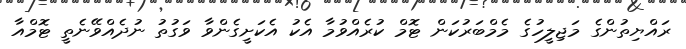
ރައްޔިތުންގެ މަޖިލީހުގެ މެމްބަރުކަން ޓޮމް ކުރެއްވުމާ އެކު އެކަށީގެންވާ ވަގުތު ނުދެއްވޭނެތީ ޓޮމްއާ